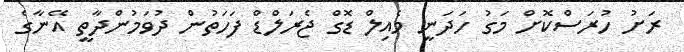
ރަށު ހުރަސްކޮށް މަގު ހަދަނީ މެއިލް ޑޮގް ޖެރަލްޑް ފަހަތުން ދުވަމުންދާތީ އޭނާގެ